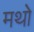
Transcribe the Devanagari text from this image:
मथो